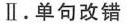
Ⅱ.单句改错